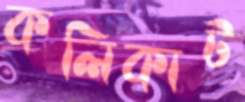
কলিকাট